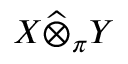
X { \widehat { \otimes } } _ { \pi } Y